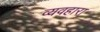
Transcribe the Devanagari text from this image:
व्यवहारा